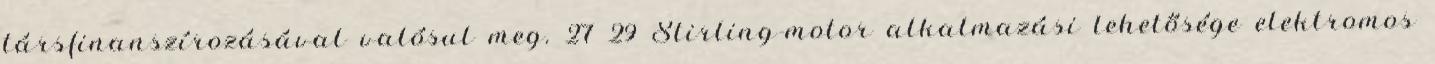
társfinanszírozásával valósul meg. 27 29 Stirling-motor alkalmazási lehetősége elektromos